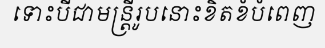
ទោះបីជាមន្ត្រីរូបនោះខិតខំបំពេញ